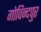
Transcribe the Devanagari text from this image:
गोविन्‍दपुर